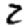
Digit: 2